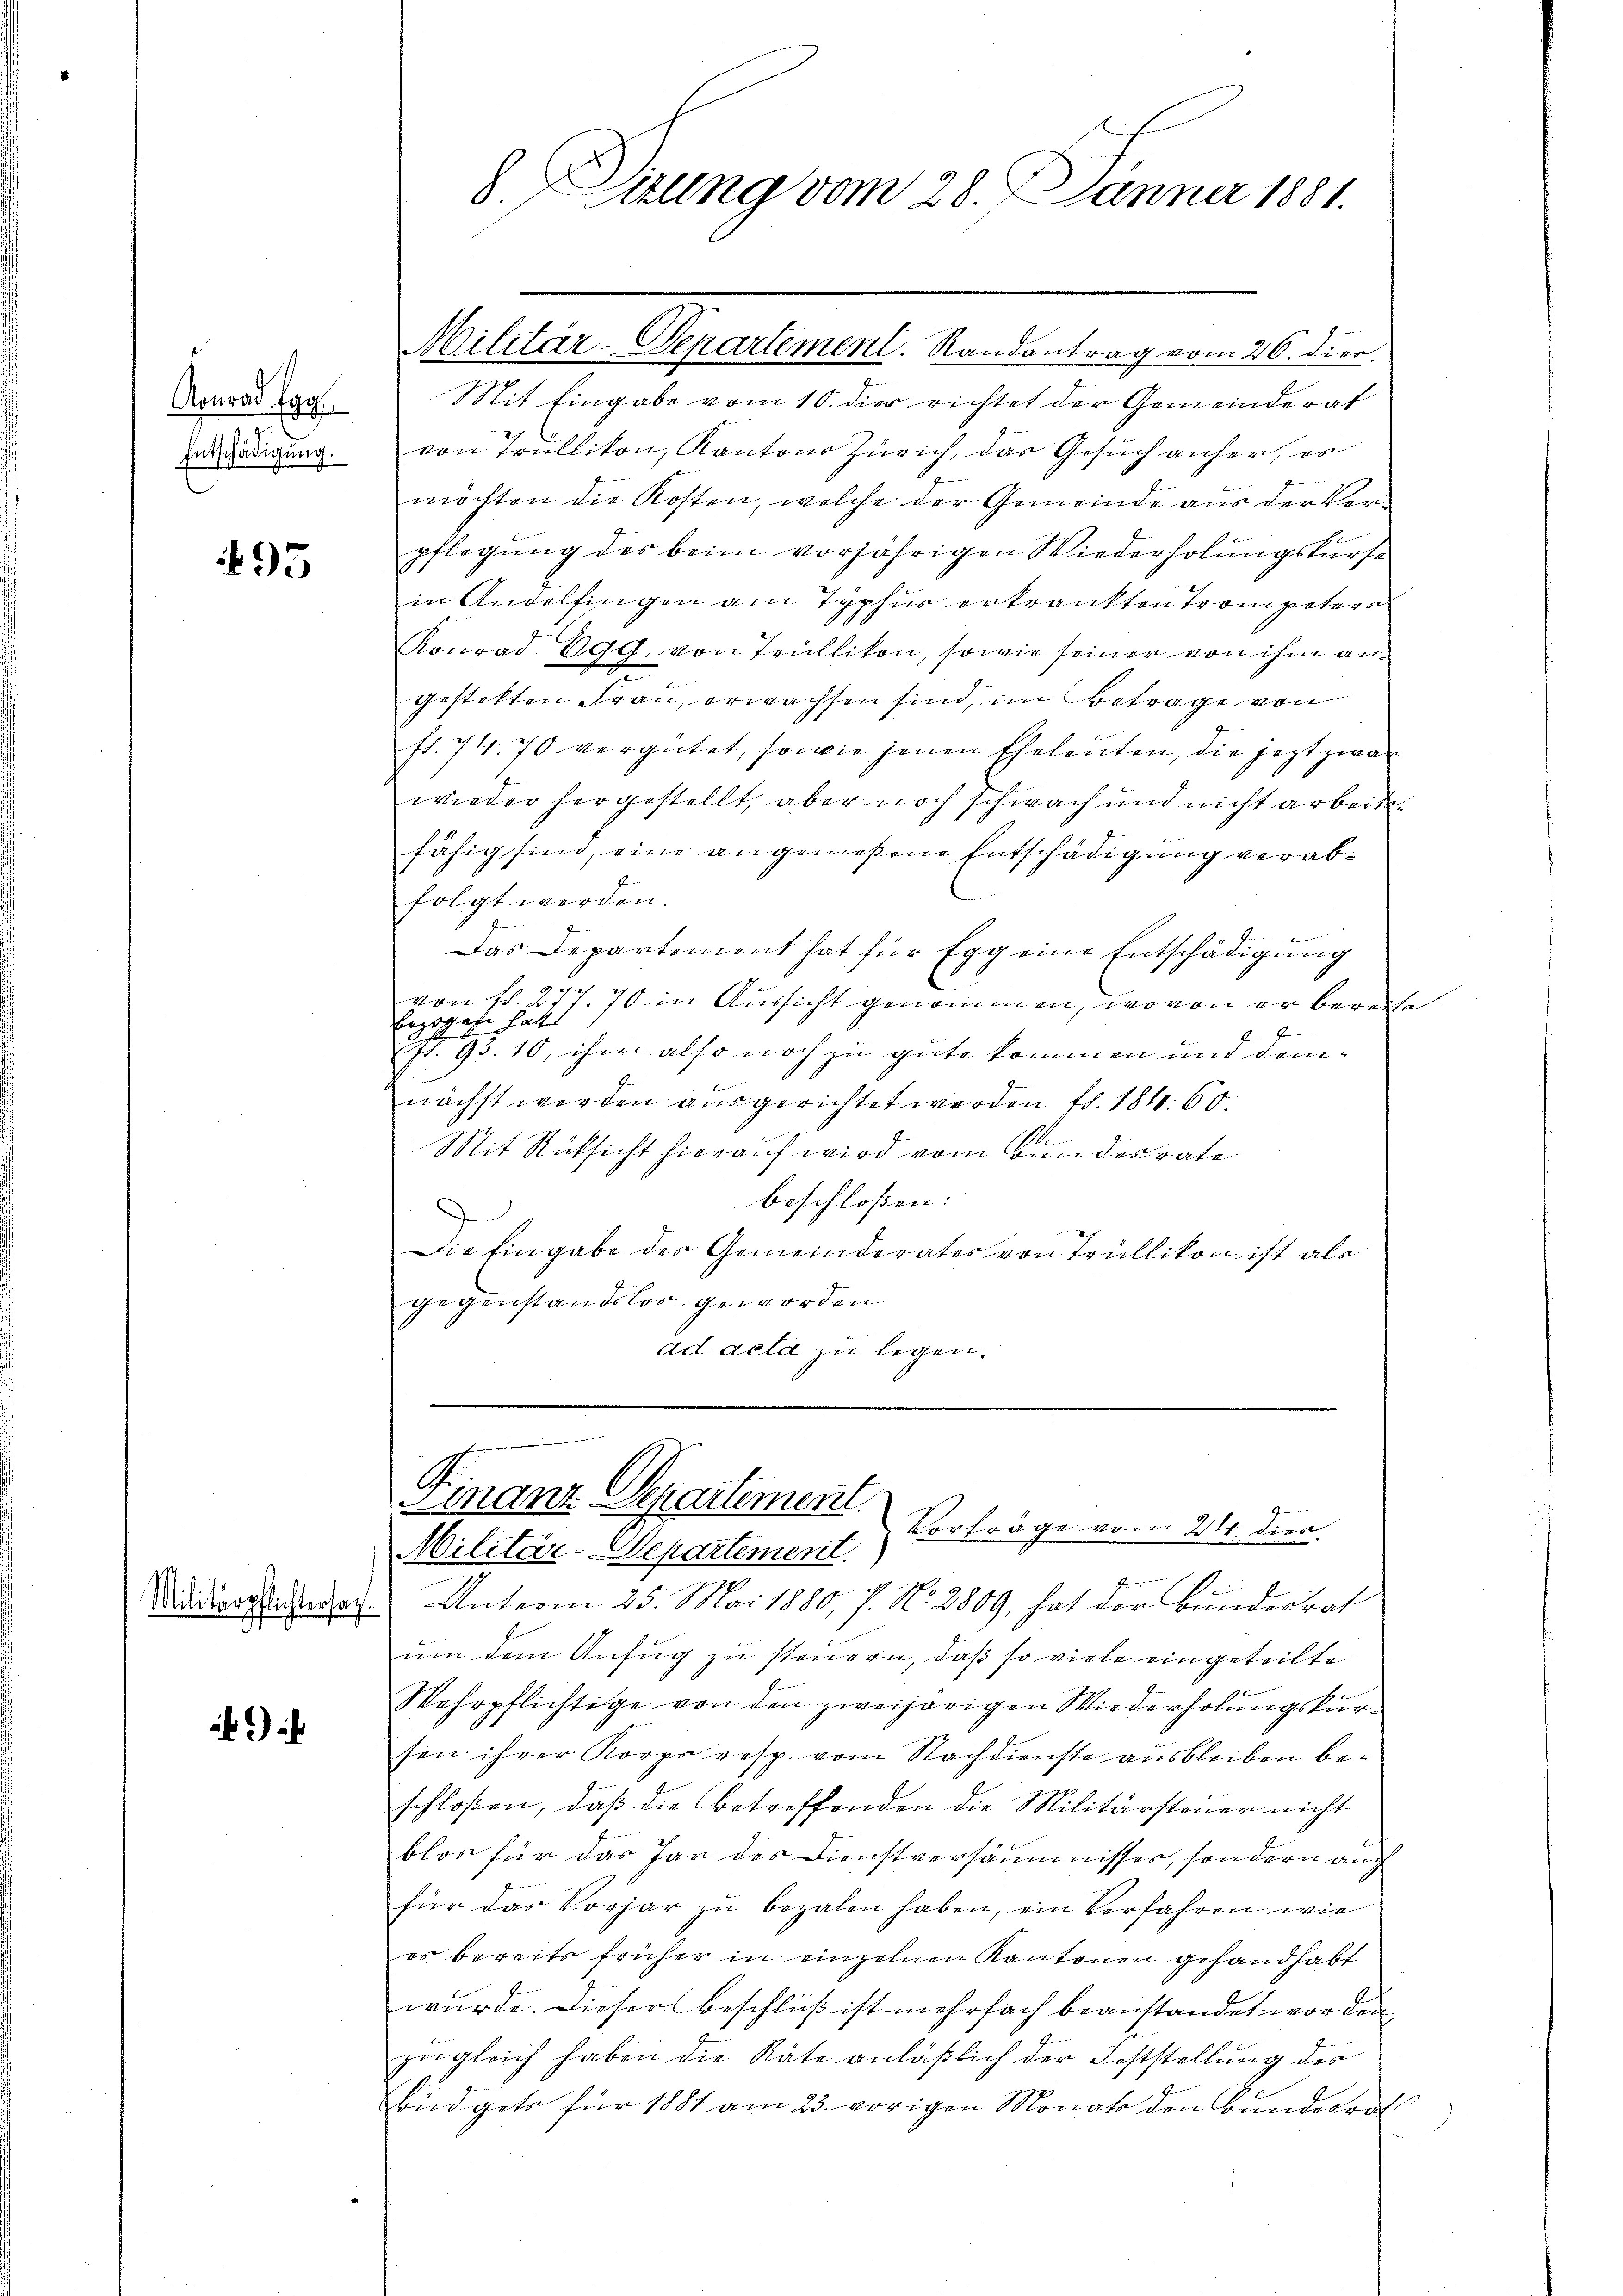
Entschädigung.

95

Konrad g. Mit Eingabe vom 10. dier richtet der Gemeinderat
von Trüllikon, Kantons Zürich, das Gesuch anher, es
möchten die Kosten, welche der Gemeinde aus der Verpflegung des beim vorjährigen Wiederholungskurse
in Andelfingen am Typhus erkrankten Trompeters
Konrad Egg, von Trüllikon, sowie seiner von ihm an
gestetten Frau, erwachsen sind, im Betrage von
fr. 74. 70 vergütet, sowie jenen Eheleuten, die jezt zwar
wieder hergestellt, aber noch schwach und nicht arbeiten
fähig sind, eine angemeßene Entschädigung verabfolgt werden.
Das Departement hat für Egg eine Entschädigung
von fl. 277. 70 in Aussicht genommen, wovon er bereite
Bezogene hatt
a
pr. 93. 10, ihm also noch zu gute kommen und dem
nächst werden ausgerichtet werden fr. 184. 60.
Mit Rücksicht hierauf wird vom Bundesrate
beschloßen:
Die Eingabe des Gemeinderates von Trüllikon ist als
gegenstandslos geworden
ad acta zu legen.

8 Sirung vom 28. Jänner 1881.

Militär-Departement. Randantrag vom 26. dies.

.
Finanz Separtement. Vorträge vom 24. dien.
Militär-Departement.

I
.
Adidienstanderen. Unterm 25. Mai 1880, s. No. 2809, hat der Bundesrat
um dem Anfug zu steuern, daß so viele eingeteilte
Wehrpflichtige von den zweihörigen Wiederholungskursen ihrer Korps resp. vom Nachdienste ausbleiben beschloßen, daß die betreffenden die Militärsteuer nicht
blos für das Par des Dienstversäumnisser, sondern auch
für das Vorjar zu bezalen haben, ein Verfahren wie
es bereits früher in einzelnen Kantonen gehandhabt
wurde. Dieser Beschluß ist mehrfach beanstandet worden,
zugleich haben die Räte anläßlich der Feststellung des
Büdgets für 1881 am 23. vorigen Monat den Bundesrat